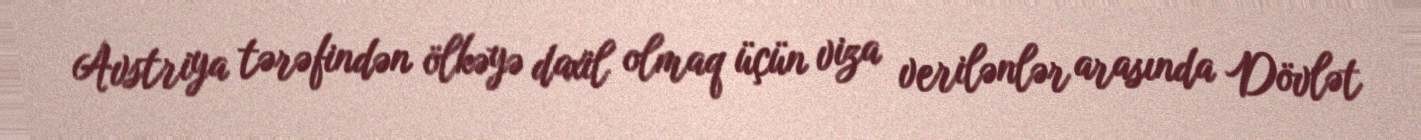
Avstriya tərəfindən ölkəyə daxil olmaq üçün viza verilənlər arasında Dövlət